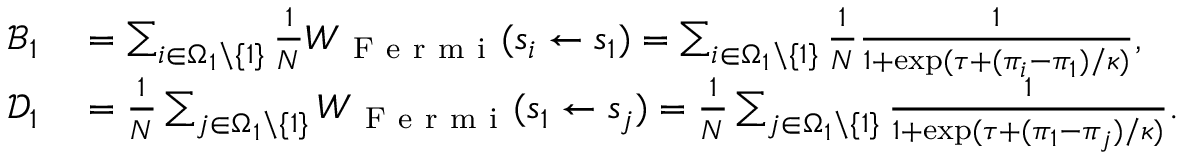
\begin{array} { r l } { \mathcal { B } _ { 1 } } & { { } = \sum _ { i \in \Omega _ { 1 } \backslash \{ 1 \} } \frac { 1 } { N } W _ { \mathrm { ~ F ~ e ~ r ~ m ~ i ~ } } ( s _ { i } \gets s _ { 1 } ) = \sum _ { i \in \Omega _ { 1 } \backslash \{ 1 \} } \frac { 1 } { N } \frac { 1 } { 1 + \exp ( \tau + ( \pi _ { i } - \pi _ { 1 } ) / \kappa ) } , } \\ { \mathcal { D } _ { 1 } } & { { } = \frac { 1 } { N } \sum _ { j \in \Omega _ { 1 } \backslash \{ 1 \} } W _ { \mathrm { ~ F ~ e ~ r ~ m ~ i ~ } } ( s _ { 1 } \gets s _ { j } ) = \frac { 1 } { N } \sum _ { j \in \Omega _ { 1 } \backslash \{ 1 \} } \frac { 1 } { 1 + \exp ( \tau + ( \pi _ { 1 } - \pi _ { j } ) / \kappa ) } . } \end{array}